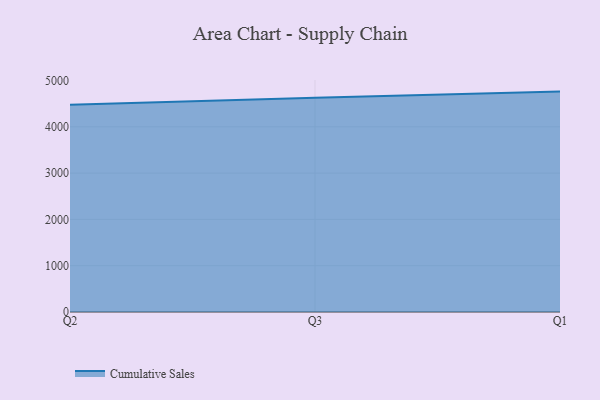
{"axis": {"x": "Quarter", "y": "Latency (ms)"}, "legend": ["Cumulative Sales"], "data": [{"x": "Q2", "y": 4473.8, "type": "Cumulative Sales"}, {"x": "Q3", "y": 4628.0, "type": "Cumulative Sales"}, {"x": "Q1", "y": 4760.5, "type": "Cumulative Sales"}]}